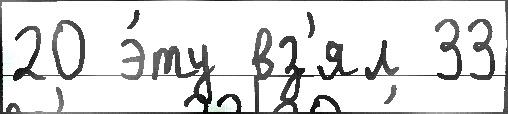
20 э́ту вз'ял 33